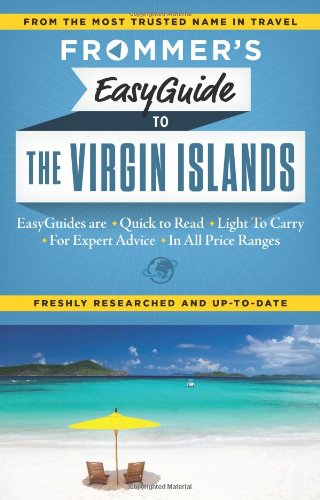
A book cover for Frommer's EasyGuide to the Virgin Islands (Easy Guides); Alexis Lipsitz-Flippin; Travel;